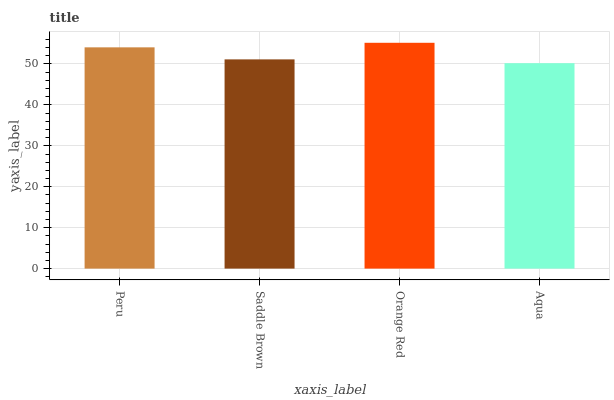
| xaxis_label | bars |
 | --- | --- |
 | Peru | 54.1 |
 | Saddle Brown | 51.1 |
 | Orange Red | 55.2 |
 | Aqua | 50.2 |